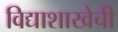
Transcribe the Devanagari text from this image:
विद्याशाखेची